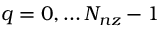
q = 0 , \ldots N _ { n z } - 1